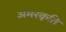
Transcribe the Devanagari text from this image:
अमरकृति